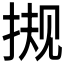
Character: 𰓻